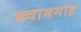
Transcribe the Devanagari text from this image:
ख्‍वाबगाह